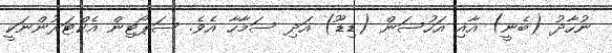
ނުހާދު (ބެނީ) އާއި އަހުސަން (ޑިޑޫ) އަދި ސަމާހާ އެވެ. ސަޕޯޓިން އެކްޓަރުންނަކީ